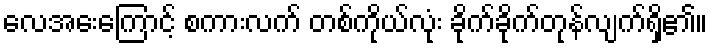
လေအေးကြောင့် စကားလက် တစ်ကိုယ်လုံး ခိုက်ခိုက်တုန်လျက်ရှိ၏။